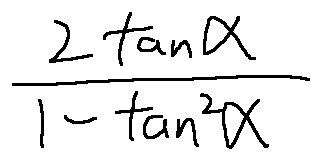
\frac { 2 \tan \alpha } { 1 - \tan ^ { 2 } \alpha }